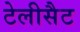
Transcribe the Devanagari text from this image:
टेलीसैट